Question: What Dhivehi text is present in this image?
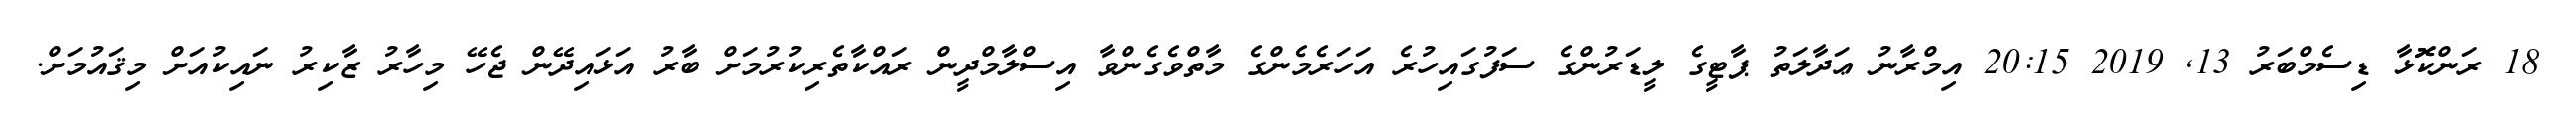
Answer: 18 ރަންކޮޮޅާ ޑިސެމްބަރު 13, 2019 20:15 އިމްރާނު ޢަދާލަތު ޕާޓީގެ ލީޑަރުންގެ ސަފުގައިހުރެ އަހަރެމެންގެ މާތްވެގެންވާ އިސްލާމްދީން ރައްކާތެރިކުރުމަށް ބާރު އަޅައިދޭން ޖެހޭ މިހާރު ޒާކިރު ނައިކުއަށް މިޤައުމަށް.